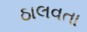
ઠાલવતા